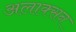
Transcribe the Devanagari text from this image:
अलाक्सन